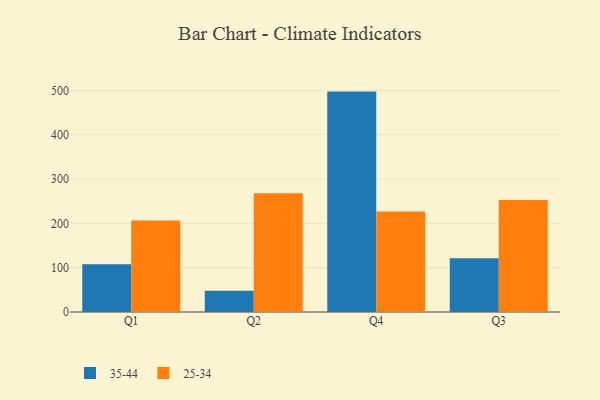
{"axis": {"x": "Quarter", "y": "Revenue (USD Million)"}, "legend": ["25-34", "35-44"], "data": [{"x": "Q1", "y": 108.0, "type": "35-44"}, {"x": "Q1", "y": 206.6, "type": "25-34"}, {"x": "Q2", "y": 47.7, "type": "35-44"}, {"x": "Q2", "y": 267.9, "type": "25-34"}, {"x": "Q4", "y": 497.2, "type": "35-44"}, {"x": "Q4", "y": 226.9, "type": "25-34"}, {"x": "Q3", "y": 121.1, "type": "35-44"}, {"x": "Q3", "y": 252.4, "type": "25-34"}]}